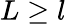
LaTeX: L\geq l